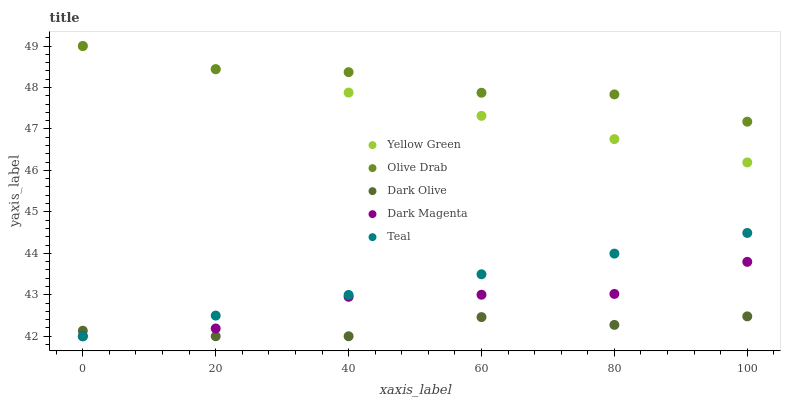
| xaxis_label | Yellow Green | Olive Drab | Dark Olive | Dark Magenta | Teal |
 | --- | --- | --- | --- | --- | --- |
 | 0 | 49 | 49 | 42.1 | 42 | 42 |
 | 20 | 48.4 | 48.4 | 42 | 42.2 | 42.5 |
 | 40 | 47.9 | 48.4 | 42 | 43 | 43 |
 | 60 | 47.3 | 47.9 | 42.5 | 43 | 43.5 |
 | 80 | 46.8 | 47.8 | 42.3 | 43 | 44 |
 | 100 | 46.2 | 47.2 | 42.5 | 43.8 | 44.5 |